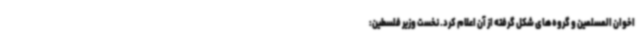
اخوان المسلمین و گروه‌های شکل گرفته از آن اعلام کرد. نخست وزیر فلسطین: